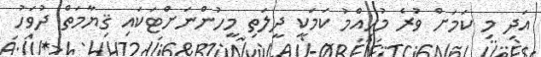
އަދި މި ކަމަށް ވުރެ މުހިއްމު ކަމަކީ ދީލަތި މީހުންނަށްޓަކައި ޤިޔާމަތް ދުވަހު